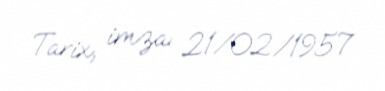
Tarix, imza: 21/02/1957